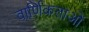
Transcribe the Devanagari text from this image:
वार्णिकताओं